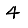
Digit: 4